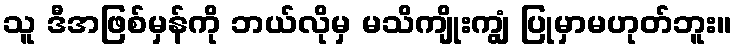
သူ ဒီအဖြစ်မှန်ကို ဘယ်လိုမှ မသိကျိုးကျွံ ပြုမှာမဟုတ်ဘူး။